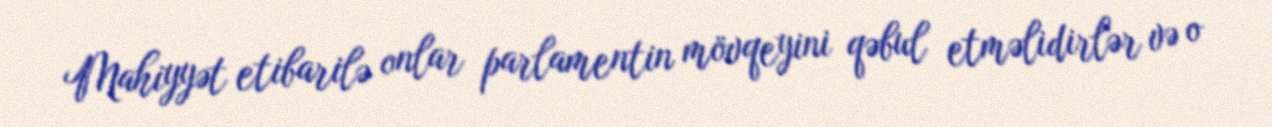
Mahiyyət etibarilə onlar parlamentin mövqeyini qəbul etməlidirlər və o